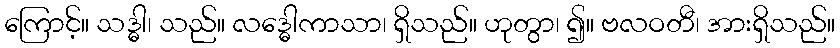
ကြောင့်။ သဒ္ဓါ၊ သည်။ လဒ္ဓေါကာသာ၊ ရှိသည်။ ဟုတွာ၊ ၍။ ဗလဝတီ၊ အားရှိသည်။